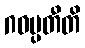
ဂဝမ္ပတီတိ